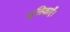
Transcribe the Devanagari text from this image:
चूलिकाएँ।